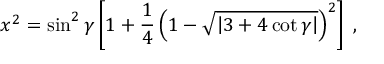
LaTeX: x ^ { 2 } = \sin ^ { 2 } \gamma \left[ 1 + \frac { 1 } { 4 } \left( 1 - \sqrt { \left| 3 + 4 \, \mathrm { c o t } \, \gamma \right| } \right) ^ { 2 } \right] \; ,